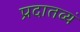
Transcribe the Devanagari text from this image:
प्रदातव्यं